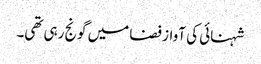
شہنائی کی آواز فضا میں گونج رہی تھی۔